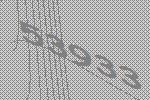
53933